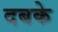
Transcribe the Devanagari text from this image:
दबके